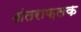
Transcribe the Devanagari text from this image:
अंतराफ़लक